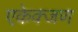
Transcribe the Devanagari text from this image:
एकेक्जण